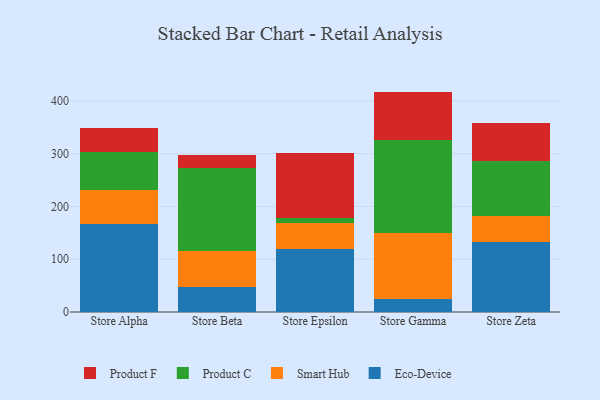
{"axis": {"x": "Store", "y": "Active Users"}, "legend": ["Eco-Device", "Product C", "Product F", "Smart Hub"], "data": [{"x": "Store Alpha", "y": 166.1, "type": "Eco-Device"}, {"x": "Store Alpha", "y": 64.6, "type": "Smart Hub"}, {"x": "Store Alpha", "y": 71.7, "type": "Product C"}, {"x": "Store Alpha", "y": 47.1, "type": "Product F"}, {"x": "Store Beta", "y": 47.3, "type": "Eco-Device"}, {"x": "Store Beta", "y": 68.9, "type": "Smart Hub"}, {"x": "Store Beta", "y": 156.4, "type": "Product C"}, {"x": "Store Beta", "y": 24.7, "type": "Product F"}, {"x": "Store Epsilon", "y": 119.1, "type": "Eco-Device"}, {"x": "Store Epsilon", "y": 49.9, "type": "Smart Hub"}, {"x": "Store Epsilon", "y": 8.5, "type": "Product C"}, {"x": "Store Epsilon", "y": 123.1, "type": "Product F"}, {"x": "Store Gamma", "y": 23.8, "type": "Eco-Device"}, {"x": "Store Gamma", "y": 126.1, "type": "Smart Hub"}, {"x": "Store Gamma", "y": 176.5, "type": "Product C"}, {"x": "Store Gamma", "y": 91.3, "type": "Product F"}, {"x": "Store Zeta", "y": 132.4, "type": "Eco-Device"}, {"x": "Store Zeta", "y": 48.7, "type": "Smart Hub"}, {"x": "Store Zeta", "y": 104.2, "type": "Product C"}, {"x": "Store Zeta", "y": 73.1, "type": "Product F"}]}